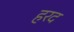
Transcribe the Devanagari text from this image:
हरद